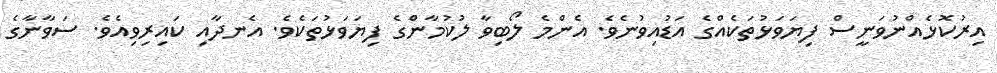
އިރުކޮޅެއްނުވަނީސް ފިޔަވަޅުތަކެއްގެ އަޑުއިވުނެވެ. އެންމެ ލޯބިވާ ލުކުމާންގެ ފިޔަވަޅުތަކެވެ. އެނދާއި ކައިރިވިއެވެ. ސަވާނާގެ